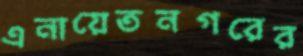
এনায়েতনগরের